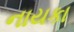
નાયકા